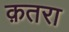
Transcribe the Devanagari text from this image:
क़तरा